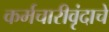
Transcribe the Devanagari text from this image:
कर्मचारीवृंदाचे